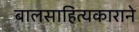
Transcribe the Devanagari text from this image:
बालसाहित्यकाराने